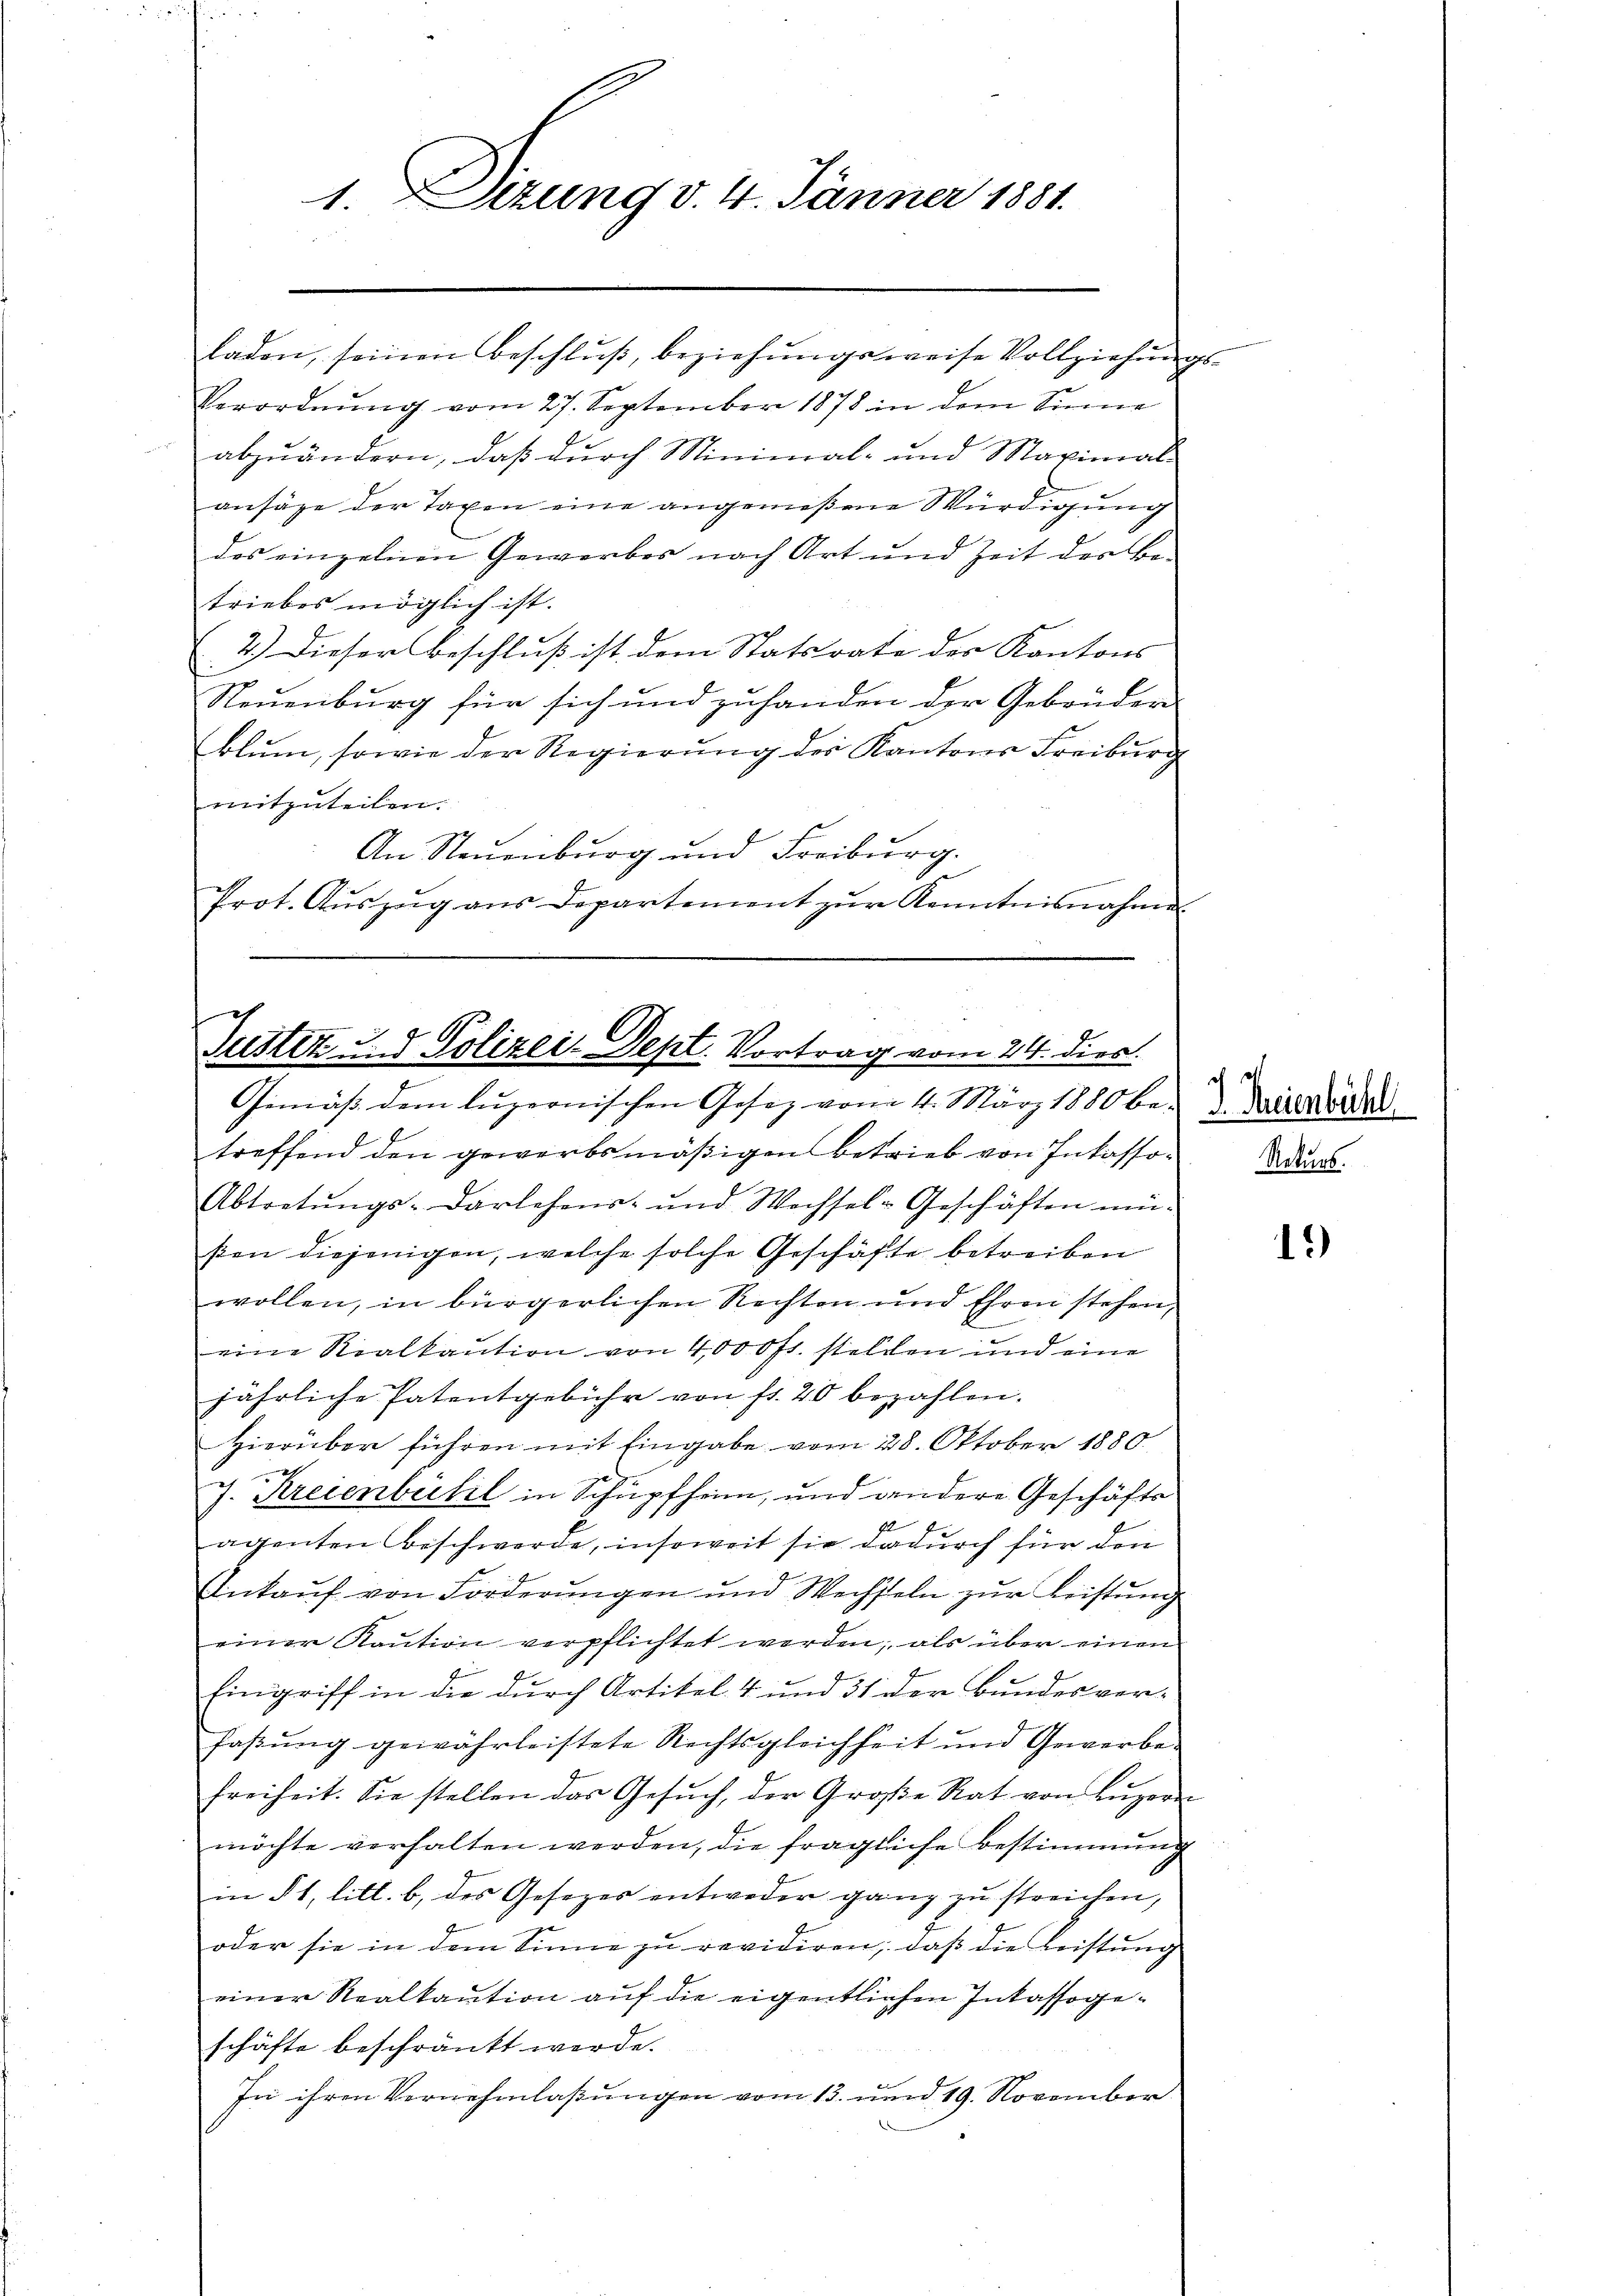
1 Sizung v. 4. Jänner 1881.

laden, seinen Beschlŭβ, beziehungsweise Vollziehungs-
Verordnung vom 27. September 1878 in dem Sinne
abzuändern, daß durch Minimal- und Maximal-
ansähe der Taxen eine angenießene Würdigung
des einzelnen Gewerbes nach Art und Zeit der Be-
triebes möglich ist.
4.) Dieser Beschluß ist dem Statsrate des Kantons
Neuenburg für sich und zuhanden der Gebrüder
blum, sowie der Regierung des Kantons Freiburg
mitzuteilen:
An Neuenburg und Freiburg.
Prot. Aŭszŭg aŭs Departement zŭr Kenntnisnahme

Justiz u. 8 Polizei-Dept. Vortrag vom 24. dies
Gemäβ dem luzernischen Gesez vom 4. März 1880 be- Wie worden.

treffend den gewerbsmäßigen Betrieb von Inkasso¬
Abtretŭngs-Darlehens- und Wechsel-Geschäften un-
ßen diejenigen, welche solche Geschäfte betreiben
wollen, in bürgerlichen Rechten und Ehren stehen,
eine Realkaution von 4,000 fl. stellen und eine
jährliche Patentgebühr von fr. 20 bezahlen.
Hierüber führen mit Eingabe vom 28. Oktober 1880.
J. Kreienbühl in Schupfheim, und andere Geschäfts
agenten Beschwerde, insoweit sie dadurch für den
Inkaŭf von Forderŭngen und Wechseln zŭr Leistŭng
einer Kaŭtion verpflichtet werden; als über einen
Eingriff in die durch Artikel 4 und 31 der Bundes vor-
haßung gewährleistete Rechtsgleichheit und Gewerbe
freiheit. Sie stellen das Gesŭch, der Große Rat von Lŭzer
möchte verhalten werden, die fragliche Bestimmung
in § 1, litt. b, des Gesezes entweder ganz zu streichen,
oder sie in dem Sinne zu revidiren, daß die Leistung
einer Realkaution auf die eigentlichen Intassogeschäfte beschränkt werde.
In ihren Vernehmlassungen vom 13. und 19. November

of a

d

1)